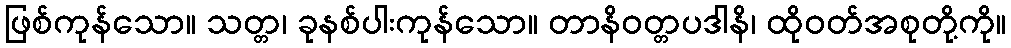
ဖြစ်ကုန်သော။ သတ္တ၊ ခုနစ်ပါးကုန်သော။ တာနိဝတ္တပဒါနိ၊ ထိုဝတ်အစုတို့ကို။